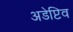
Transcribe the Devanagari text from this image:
अडेप्टिव